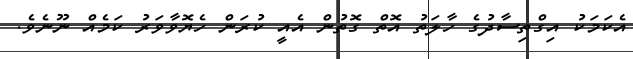
އެކަމަކު އިގްތިސާދުގެ ހާލަތު އޮތް ގޮތުން އެއީ ކުރަން ހެޔޮވާވަރު ކަމެއް ނޫނެވެ.